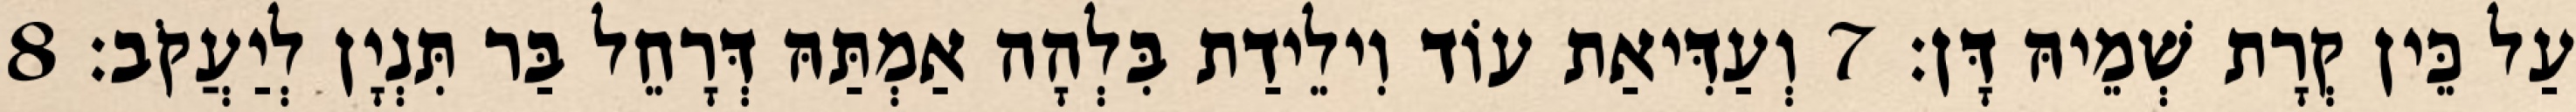
עַל כֵּין קְרָת שְׁמֵיהּ דָּן׃ 7 וְעַדִּיאַת עוֹד וִילֵידַת בִּלְהָה אַמְתַּהּ דְּרָחֵל בַּר תִּנְיָן לְיַעֲקֹב׃ 8